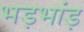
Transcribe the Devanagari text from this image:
भड़भांड़